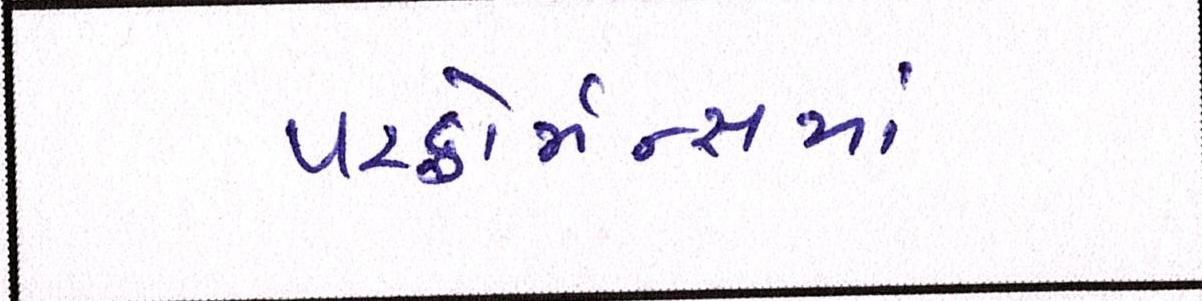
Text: પરફોર્મન્સમાં